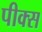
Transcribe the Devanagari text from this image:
पीक्स